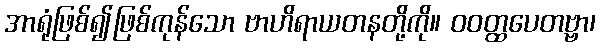
အာရုံဖြစ်၍ဖြစ်ကုန်သော ဗာဟိရာယတနတို့ကို။ ဝဝတ္ထပေတဗ္ဗာ၊